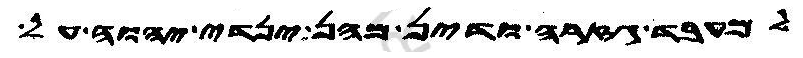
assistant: למעבד גזרה ודין מהן ינדי יהוה על